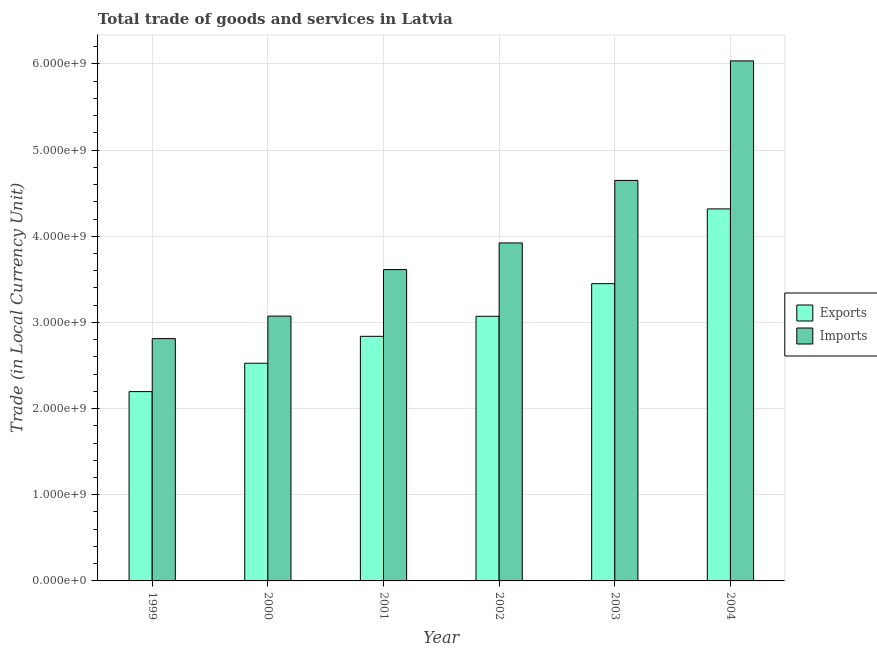
| Year | Exports | Imports |
 | --- | --- | --- |
 | 1999 | 2.2e+09 | 2.81e+09 |
 | 2000 | 2.53e+09 | 3.07e+09 |
 | 2001 | 2.84e+09 | 3.61e+09 |
 | 2002 | 3.07e+09 | 3.92e+09 |
 | 2003 | 3.45e+09 | 4.65e+09 |
 | 2004 | 4.32e+09 | 6.04e+09 |